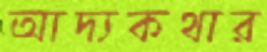
আদ্যকথার